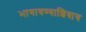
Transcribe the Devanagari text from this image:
भागावण्याशिवाय